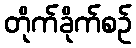
တိုက်ခိုက်စဉ်